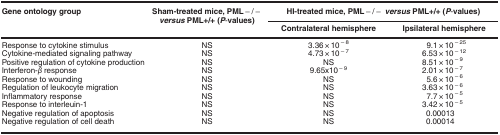
<table><thead><tr><td><b>Gene ontology group</b></td><td><b>Sham-treated mice, PML−/− <i>versus</i> PML+/+ (<i>P</i>-values)</b></td><td colspan="2"><b>HI-treated mice, PML−/− <i>versus</i> PML+/+ (<i>P</i>-values)</b></td></tr><tr><td><b> </b></td><td><b> </b></td><td><b>Contralateral hemisphere</b></td><td><b>Ipsilateral hemisphere</b></td></tr></thead><tbody><tr><td>Response to cytokine stimulus</td><td>NS</td><td>3.36 × 10<sup>−8</sup></td><td>9.1 × 10<sup>−25</sup></td></tr><tr><td>Cytokine-mediated signaling pathway</td><td>NS</td><td>4.73 × 10<sup>−7</sup></td><td>6.53 × 10<sup>−12</sup></td></tr><tr><td>Positive regulation of cytokine production</td><td>NS</td><td>NS</td><td>8.51 × 10<sup>−9</sup></td></tr><tr><td>Interferon-<i>β</i> response</td><td>NS</td><td>9.65x10<sup>−9</sup></td><td>2.01 × 10<sup>−7</sup></td></tr><tr><td>Response to wounding</td><td>NS</td><td>NS</td><td>5.6 × 10<sup>−6</sup></td></tr><tr><td>Regulation of leukocyte migration</td><td>NS</td><td>NS</td><td>3.63 × 10<sup>−6</sup></td></tr><tr><td>Inflammatory response</td><td>NS</td><td>NS</td><td>7.7 × 10<sup>−5</sup></td></tr><tr><td>Response to interleuin-1</td><td>NS</td><td>NS</td><td>3.42 × 10<sup>−5</sup></td></tr><tr><td>Negative regulation of apoptosis</td><td>NS</td><td>NS</td><td>0.00013</td></tr><tr><td>Negative regulation of cell death</td><td>NS</td><td>NS</td><td>0.00014</td></tr></tbody></table>